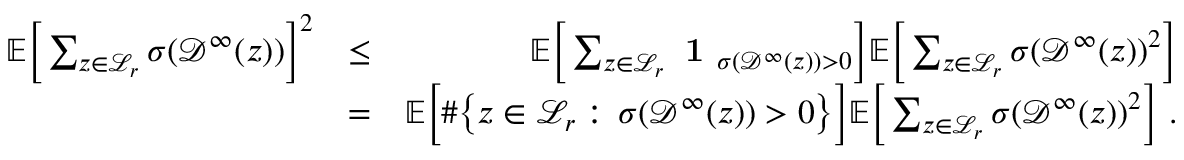
\begin{array} { r l r } { { \mathbb E } \Big [ \sum _ { z \in \mathcal { L } _ { r } } \sigma ( \mathcal { D } ^ { \infty } ( z ) ) \Big ] ^ { 2 } } & { \leq } & { { \mathbb E } \Big [ \sum _ { z \in \mathcal { L } _ { r } } { \textbf { 1 } } _ { \sigma ( \mathcal { D } ^ { \infty } ( z ) ) > 0 } \Big ] { \mathbb E } \Big [ \sum _ { z \in \mathcal { L } _ { r } } \sigma ( \mathcal { D } ^ { \infty } ( z ) ) ^ { 2 } \Big ] } \\ & { = } & { { \mathbb E } \Big [ \# \big \{ z \in \mathcal { L } _ { r } : \, \sigma ( \mathcal { D } ^ { \infty } ( z ) ) > 0 \big \} \Big ] { \mathbb E } \Big [ \sum _ { z \in \mathcal { L } _ { r } } \sigma ( \mathcal { D } ^ { \infty } ( z ) ) ^ { 2 } \Big ] ~ . } \end{array}